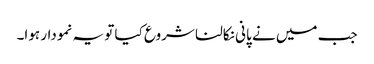
جب میں نے پانی نکالنا شروع کیا تو یہ نمودار ہوا۔